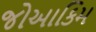
જોઆકિમ